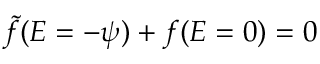
\tilde { f } ( { \cal E } = - { \psi } ) + f ( { \cal E } = 0 ) = 0